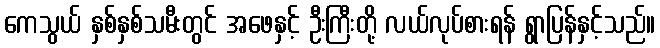
ကေသွယ် နှစ်နှစ်သမီးတွင် အဖေနှင့် ဦးကြီးတို့ လယ်လုပ်စားရန် ရွာပြန်နှင့်သည်။